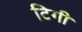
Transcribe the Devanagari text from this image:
टिगी